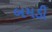
બમડી